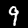
Digit: 9